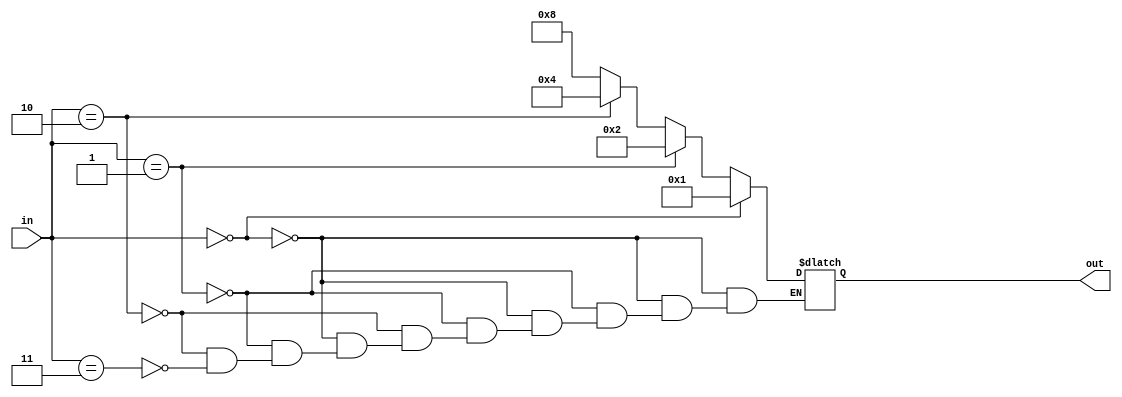
module decoder_24(input [1:0] in, output reg [3:0] out);

always @* begin
    if (in == 2'b00) out = 4'b0001;
    else if (in == 2'b01) out = 4'b0010;
    else if (in == 2'b10) out = 4'b0100;
    else if (in == 2'b11) out = 4'b1000;
end

endmodule